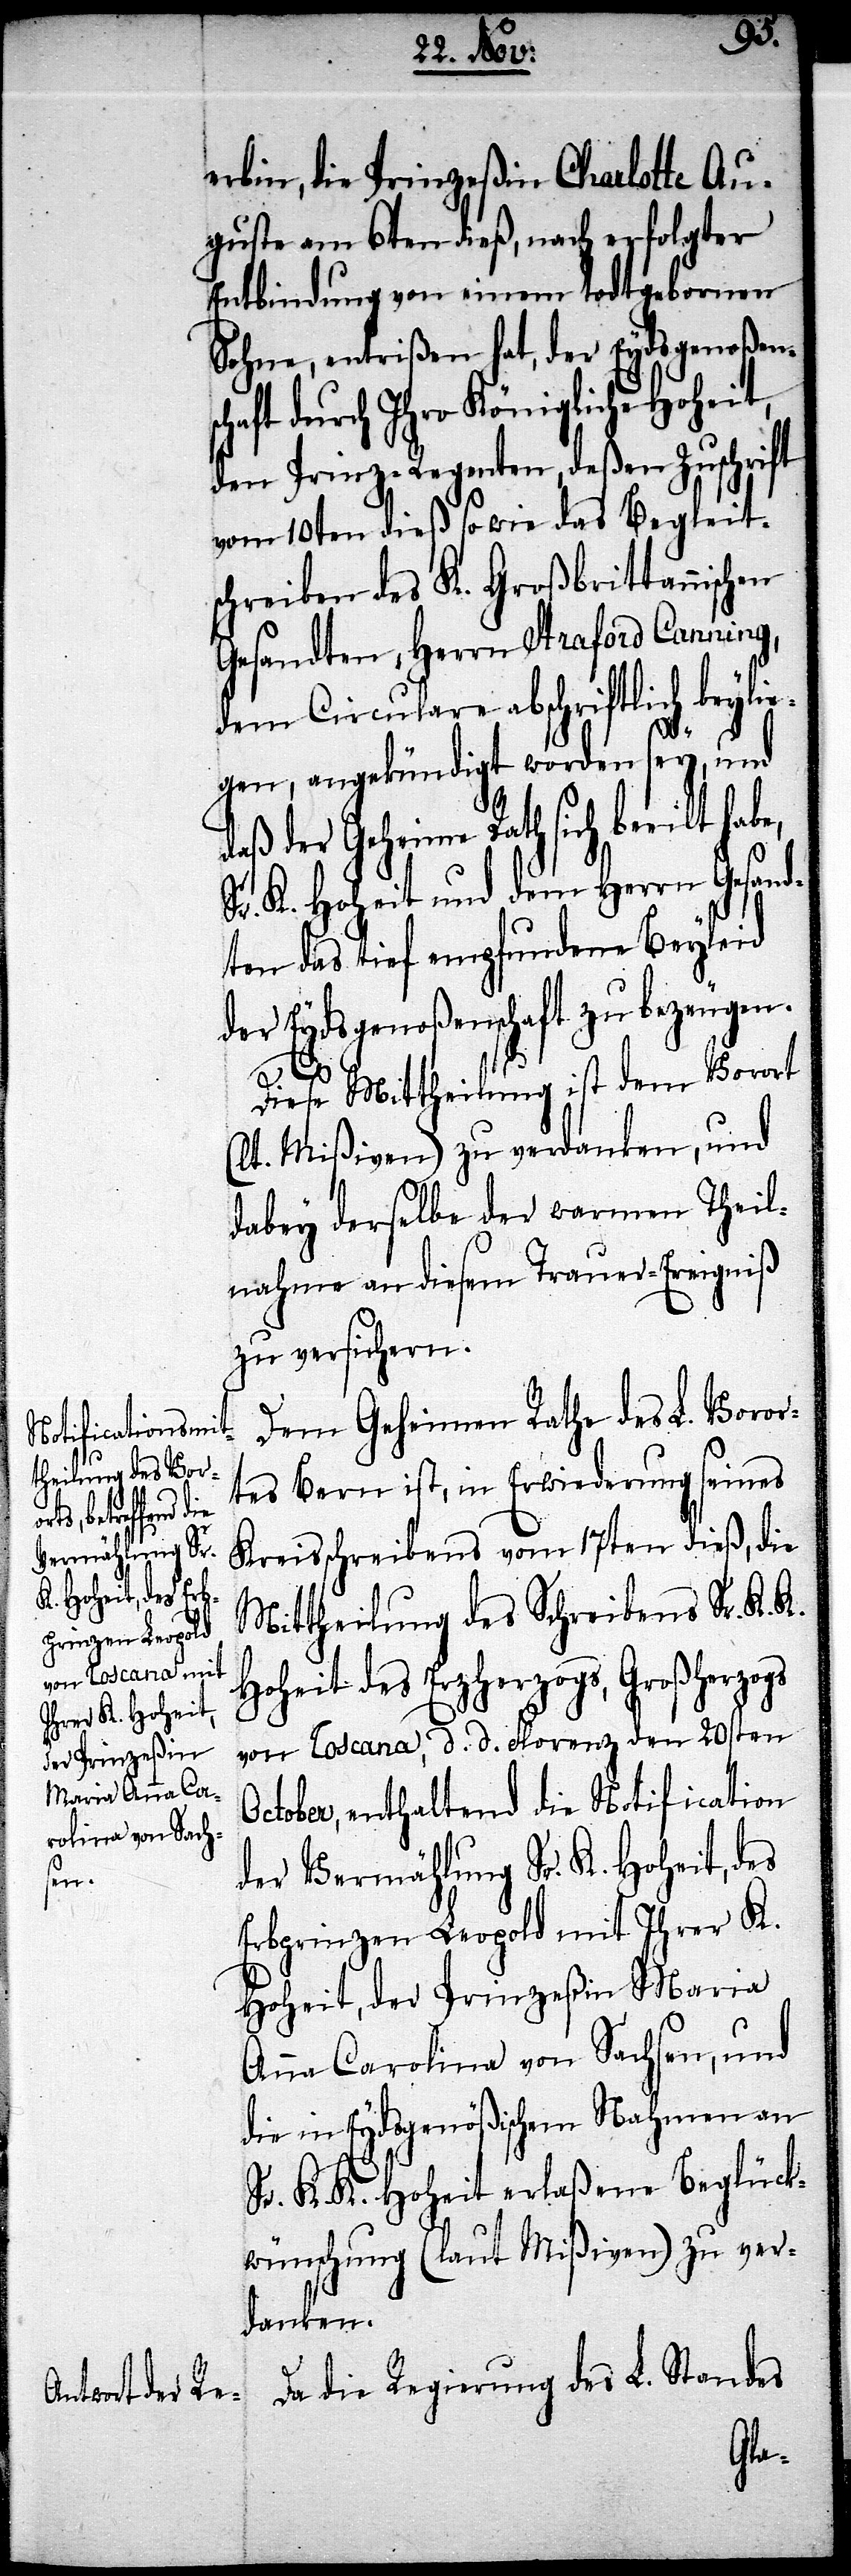
Oc¬
erbin, die Prinzeßin Charlotte Au¬
guste am 6ten dieß, nach erfolgter
Entbindung von einem todtgebornen
Sohne, entrißen hat, der Eydsgenoßens¬
aft durch Ihro Königliche Hoheit,
den Prinz-Regenten, deßen Zuschrift
vom 10ten dieß so wie das Begleits¬
chreiben des K. Großbrittannischen
Gesandten, Herrn Stratford Canning,
dem Circulare abschriftlich beyli¬
egen, angekündigt worden sey, und
daß der Geheime Rath sich beeilt hab¬
Sr. K. Hoheit und dem Herr Gesand¬
ten das tief empfundene Beyleid
der Eydsgenoßenschaft zu bezeugen.
e,
Diese Mittheilung ist dem Vorort
(lt. Mißiven) zu verdanken, und
dabey derselbe der warmen Theil¬
nahme an diesem Trauer-Ereigniß
zu versichern.
Dem Geheimen Rathe des L. Voror¬
tes Bern ist, in Erwiederung seines
Kreisschreibens vom 17ten dieß, die
Mittheilung des Schreibens Sr. K.
Hoheit des Erzherzogs, Großherzogs
von Toscana, d. d. Florenz den 20sten
tober, enthaltend die Notification
der Vermählung Sr. K. Hoheit, des
Erbprinzen Leopold mit Ihrer K.
Hoheit, der Prinzeßin Maria
Anna Carolina von Sachsen, und
die in Eydsgenößischem Nahmen an
Sr. K. K. Hoheit erlaßene Beglück¬
wünschung (laut Mißiven) zu ver¬
danken.
Da die Regierung des L. Standes